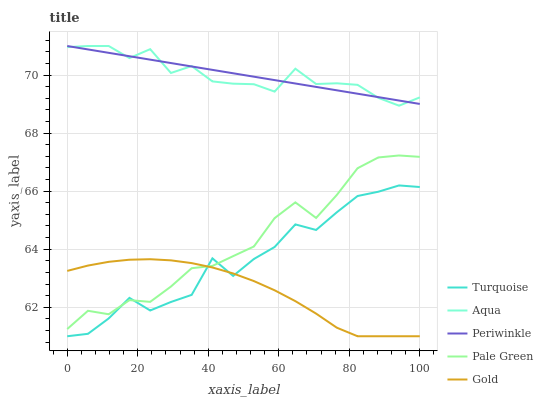
| xaxis_label | Turquoise | Aqua | Periwinkle | Pale Green | Gold |
 | --- | --- | --- | --- | --- | --- |
 | 0 | 61 | 71 | 71 | 61.2 | 63.3 |
 | 5.88 | 61.1 | 71 | 70.9 | 61.9 | 63.4 |
 | 11.8 | 61.6 | 71 | 70.8 | 61.8 | 63.6 |
 | 17.6 | 62.3 | 70.6 | 70.6 | 62.2 | 63.6 |
 | 23.5 | 61.9 | 70.9 | 70.5 | 62.2 | 63.7 |
 | 29.4 | 62.2 | 70.1 | 70.4 | 62.7 | 63.6 |
 | 35.3 | 62.4 | 70.3 | 70.3 | 63.3 | 63.5 |
 | 41.2 | 63.7 | 69.8 | 70.2 | 63.4 | 63.4 |
 | 47.1 | 63.1 | 69.7 | 70.1 | 63.8 | 63.2 |
 | 52.9 | 63.7 | 69.7 | 69.9 | 64.1 | 62.9 |
 | 58.8 | 64.1 | 69.4 | 69.8 | 65.1 | 62.6 |
 | 64.7 | 64.9 | 70.2 | 69.7 | 65.6 | 62.2 |
 | 70.6 | 64.7 | 69.7 | 69.6 | 65.1 | 61.8 |
 | 76.5 | 65.3 | 69.7 | 69.5 | 65.9 | 61.3 |
 | 82.4 | 65.8 | 69.7 | 69.4 | 66.8 | 61 |
 | 88.2 | 66 | 69.2 | 69.2 | 67.2 | 61 |
 | 94.1 | 66.2 | 68.9 | 69.1 | 67.2 | 61 |
 | 100 | 66.1 | 69.2 | 69 | 67.2 | 61 |